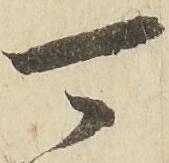
可